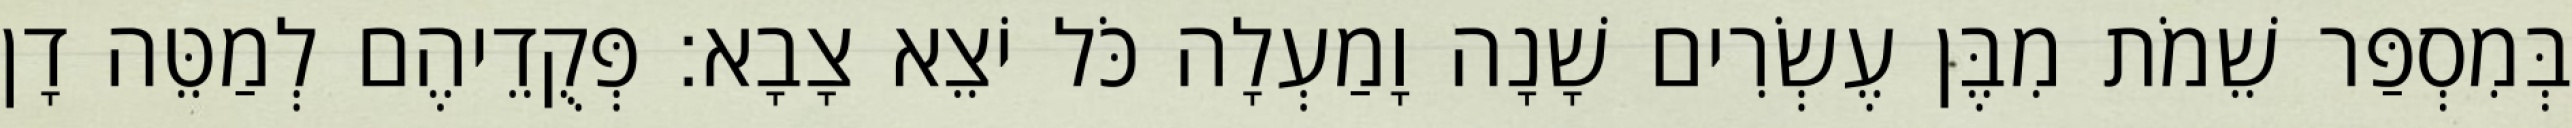
בְּמִסְפַּר שֵׁמֹת מִבֶּן עֶשְׂרִים שָׁנָה וָמַעְלָה כֹּל יֹצֵא צָבָא׃ פְּקֻדֵיהֶם לְמַטֵּה דָן